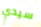
سيدي